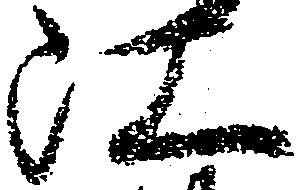
江